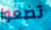
تضعوا